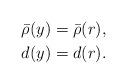
LaTeX: \begin{align*}\bar{\rho}(y)&=\bar{\rho}(r), \\d(y)&=d(r).\end{align*}